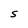
Character: S